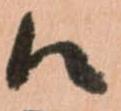
候